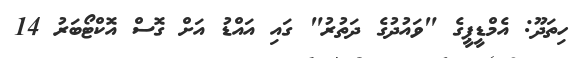
ހިތަދޫ: އެމްޑީޕީގެ "ވައުދުގެ ދަތުރު" ގައި އައްޑު އަށް ގޮސް އޮކްޓޯބަރު 14